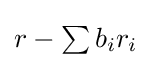
\textstyle r-\sum b_{i}r_{i}